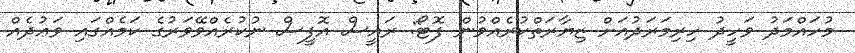
މުހައްމަދު ވަހީދު ހިރިމަރަދުއަށް ޒިޔާރަތްކުރެއްވުން ފޮޓޯ: ރައީސް އޮފީސް ނުކުރެއްވޭވަރުގެ ކަމެއްގައި ވަޢުދެއް